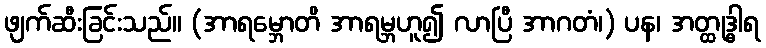
ဖျက်ဆီးခြင်းသည်။ (အာရမ္ဘောတိ အာရမ္ဘဟူ၍ လာပြီ အာဂတံ၊) ပန၊ အတ္ထုဒ္ဓါရ